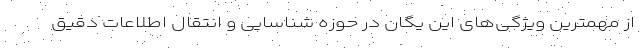
از مهمترین ویژگی‌های این یگان در حوزه شناسایی و انتقال اطلاعات دقیق